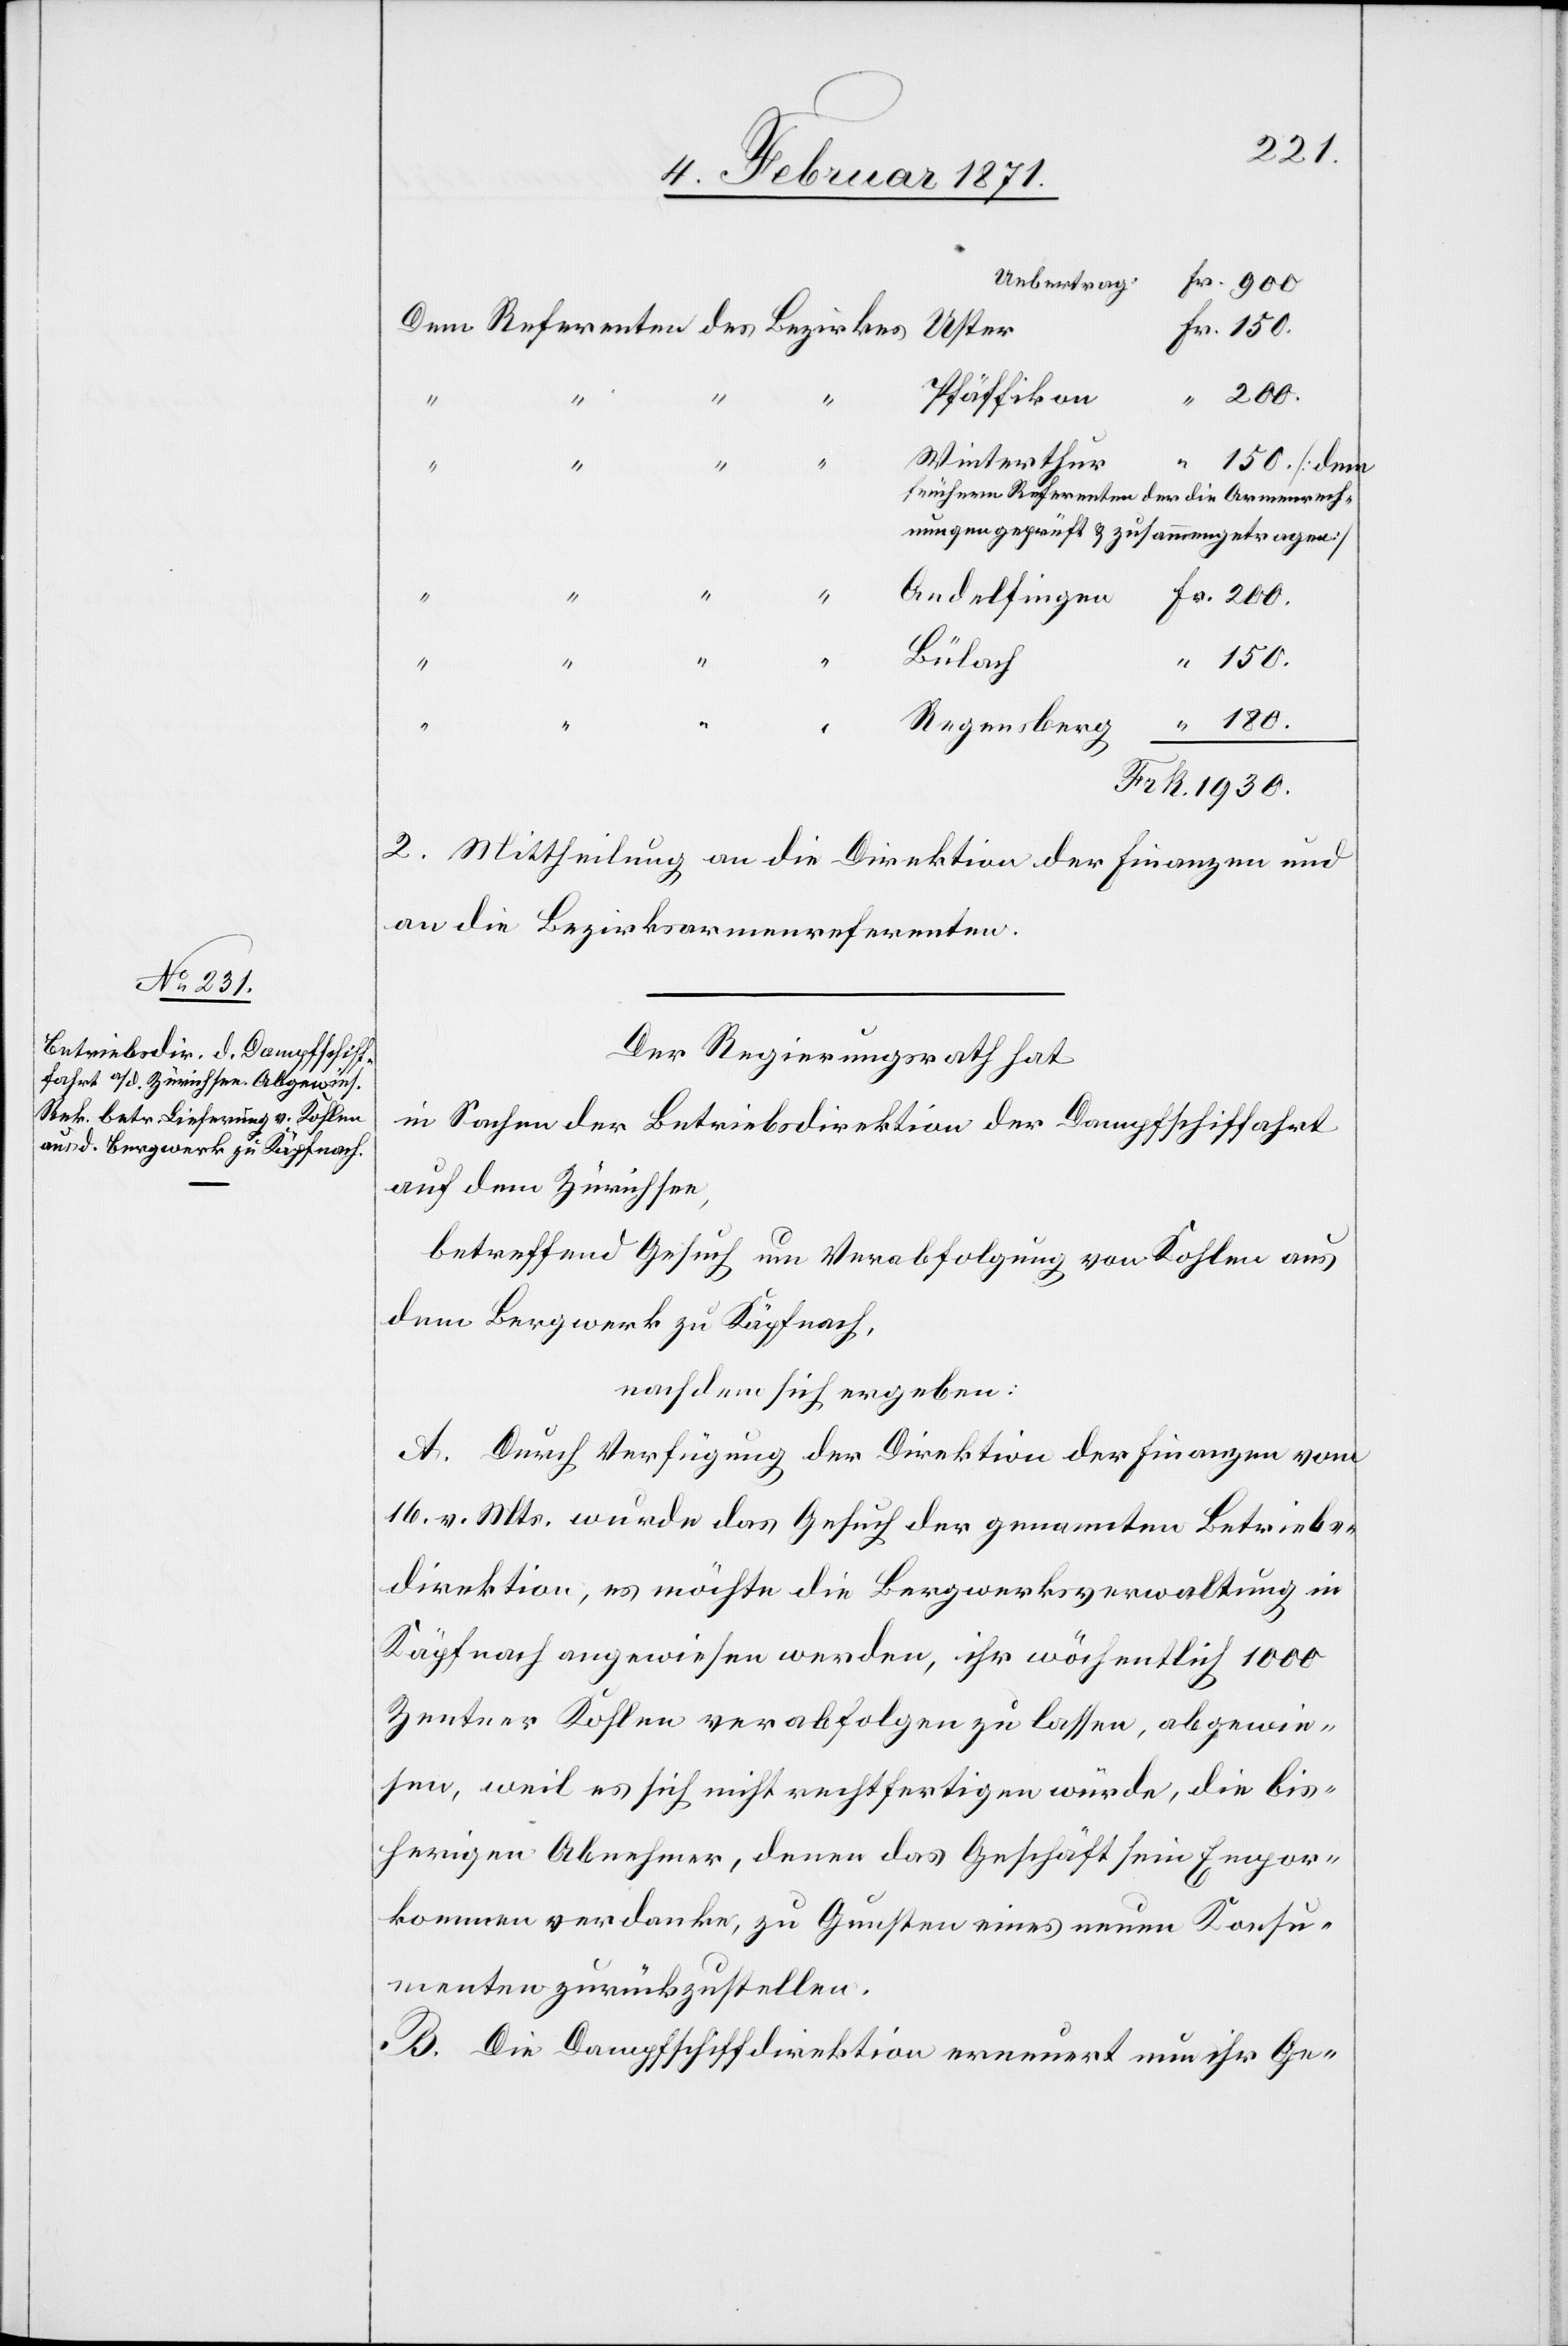
Pfäffikon
200.
“
nungen
Winterthur
150.
Referenten der die Armenrech¬
geprüft u. zusammengetragen]
Andelfingen
Bülach
150.
Regensberg
2. Mittheilung an die Direktion der Finanzen und
an die Bezirksarmenreferenten.
Der Regierungsrath hat
in Sachen der Betriebsdirektion der Dampfschiffahrt
auf dem Zürichsee,
betreffend Gesuch um Verabfolgung von Kohlen aus
dem Bergwerk zu Käpfnach,
nachdem sich ergeben:
A. Durch Verfügung der Direktion der Finanzen vom
16. v. Mts. wurde das Gesuch der genannten Betriebs¬
direktion, es möchte die Bergwerksverwaltung in
Käpfnach angewiesen werden, ihr wöchentlich 1000
Zentner Kohlen verabfolgen zu lassen, abgewie¬
sen, weil es sich nicht rechtfertigen würde, die bis¬
herigen Abnehmer, denen das Geschäft sein Empor¬
kommen verdanke, zu Gunsten eines neuen Konsu¬
menten zurückzustellen.
B. Die Dampfschiffdirektion erneuert nun ihr Ge-